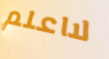
لااعلم